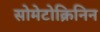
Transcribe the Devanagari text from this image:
सोमेटोक्रिनिन